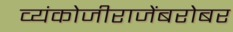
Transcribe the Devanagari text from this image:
व्यंकोजीराजेंबरोबर